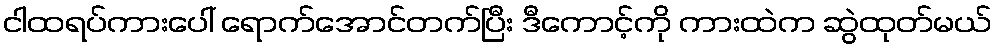
ငါထရပ်ကားပေါ် ရောက်အောင်တက်ပြီး ဒီကောင့်ကို ကားထဲက ဆွဲထုတ်မယ်